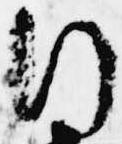
行